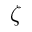
\zeta